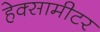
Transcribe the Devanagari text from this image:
हेक्सामीटर